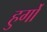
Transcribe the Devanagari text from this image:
हुर्गो